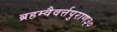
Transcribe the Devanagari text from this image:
ब्रहम्वैवर्त्तपुराण३०